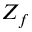
Z _ { f }